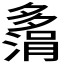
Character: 𫯗